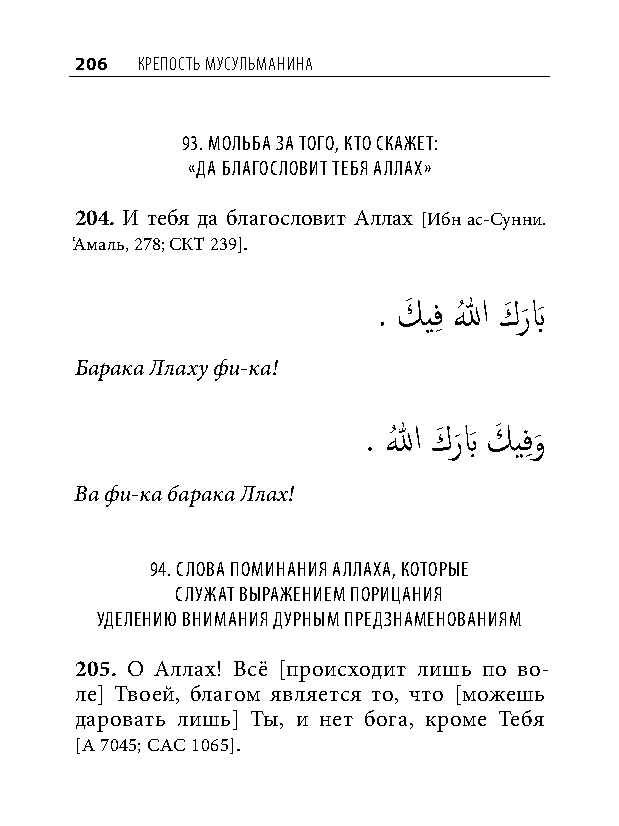
206 КреПость мусульманина
 93. мольба за того, кто Скажет:
 «да благоСловит тебя аллах»
 204. И тебя да благословит Аллах [Ибн ас-Сунни.
 ‘Амаль, 278; СКТ 239].
 . كَ يفِ اللهُ كَ ر
 َ
 بَ
 Барака Ллаху фи-ка!
 . اللهُ كَ ر
 َ
 بَ كَ يفِ و
 َ
 Ва фи-ка барака Ллах!
 94. Слова поминания аллаха, которые
 Служат выражением порицания
 уделению внимания дурным предзнаменованиям
 205. О Аллах! Всё [происходит лишь по во-
 ле] Твоей, благом является то, что [можешь
 даровать лишь] Ты, и нет бога, кроме Тебя
 [А 7045; САС 1065].